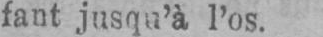
fant jusqu’à l’os.